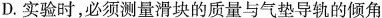
D.实验时，必须测量滑块的质量与气垫导轨的倾角